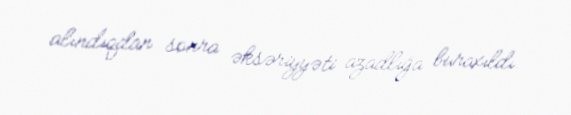
alındıqdan sonra əksəriyyəti azadlığa buraxıldı.